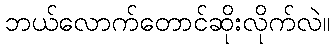
ဘယ်လောက်တောင်ဆိုးလိုက်လဲ။